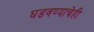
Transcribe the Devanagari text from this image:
घडवण्याचेही